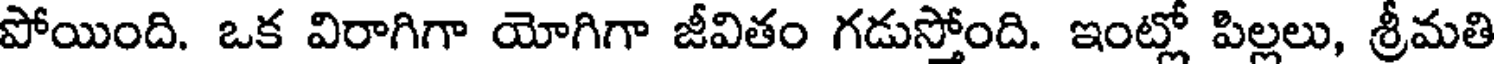
పోయింది. ఒక విరాగిగా యోగిగా జీవితం గడుస్తోంది. ఇంట్లో పిల్లలు, శ్రీమతి